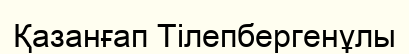
Қазанғап Тілепбергенұлы